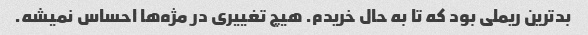
بدترین ریملی بود که تا به حال خریدم. هیچ تغییری در مژه‌ها احساس نمیشه.